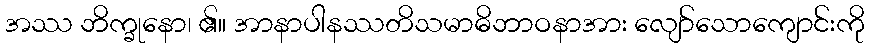
အဿ ဘိက္ခုနော၊ ၏။ အာနာပါနဿတိသမာဓိဘာဝနာအား လျော်သောကျောင်းကို